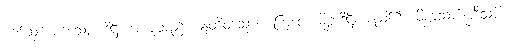
စက်ဆုပ်အပ်သော။ ဒိဋ္ဌိ၊ အယူတည်း။ ဣတိတသ္မာ၊ ကြောင့်။ မိစ္ဆာဒိဋ္ဌိ၊ မည်၏။ မိစ္ဆာသင်္ကပ္ပါဒီသုပိ၊